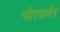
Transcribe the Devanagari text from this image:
पोरफर्मर